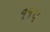
૧૧૫